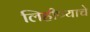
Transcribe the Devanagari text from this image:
लिहीण्याचे